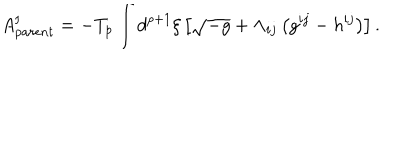
A _ { p a r e n t } ^ { \mathrm { I } } = - T _ { p } \int d ^ { p + 1 } { \xi } \left[ \sqrt { - g } + { \Lambda } _ { i j } \left( g ^ { i j } - h ^ { i j } \right) \right] .